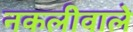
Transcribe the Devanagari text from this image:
नकलीवाले